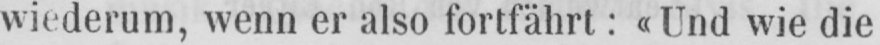
wiederum, wenn er also fortfährt: «Und wie die